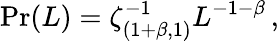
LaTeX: \operatorname*{Pr}(L)=\zeta_{(1+\beta,1)}^{-1}L^{-1-\beta}\, ,